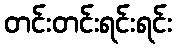
တင်းတင်းရင်းရင်း